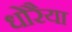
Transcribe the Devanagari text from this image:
धोरैया